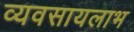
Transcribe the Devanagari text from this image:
व्यवसायलाभ